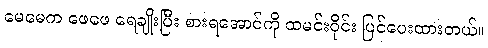
မေမေက ဖေဖေ ရေချိုးပြီး စားရအောင်ကို ထမင်းဝိုင်း ပြင်ပေးထားတယ်။